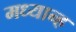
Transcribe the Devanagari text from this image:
मध्‍यान्‍ह